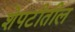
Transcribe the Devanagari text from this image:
शेपटीतील